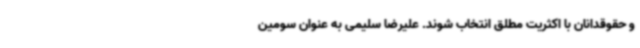
و حقوقدانان با اکثریت مطلق انتخاب شوند. علیرضا سلیمی به عنوان سومین